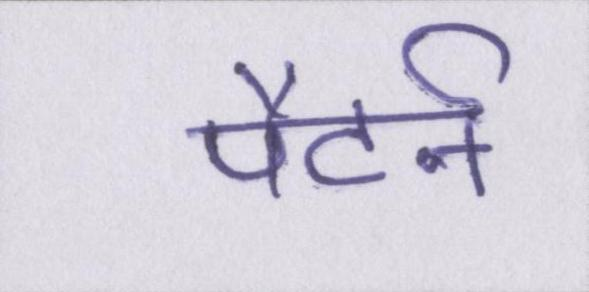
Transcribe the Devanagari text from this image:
पैटर्न